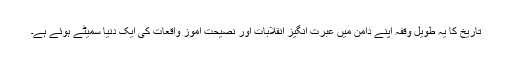
تاریخ کا یہ طویل وقفہ اپنے دامن میں عبرت انگیز انقلابات اور نصیحت آموز واقعات کی ایک دنیا سمیٹے ہوئے ہے۔